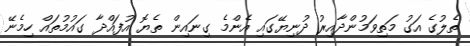
ތެލުގެ އަގު މަތިވަމުންދާއިރު ދުނިޔޭގައި އެންމެ ގިނައިން ތެޔޮ އުފައްދާ ގައުމުތައް ހިމެނޭ